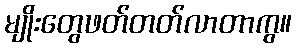
မျိုးတွေဖတ်တတ်လာတာကွ။